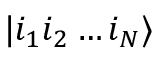
| i _ { 1 } i _ { 2 } \ldots i _ { N } \rangle